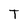
Character: T